255_413270_UFO's_and_Defense_What_Should_we_Prepare_For
Agency: NASA
Page 60
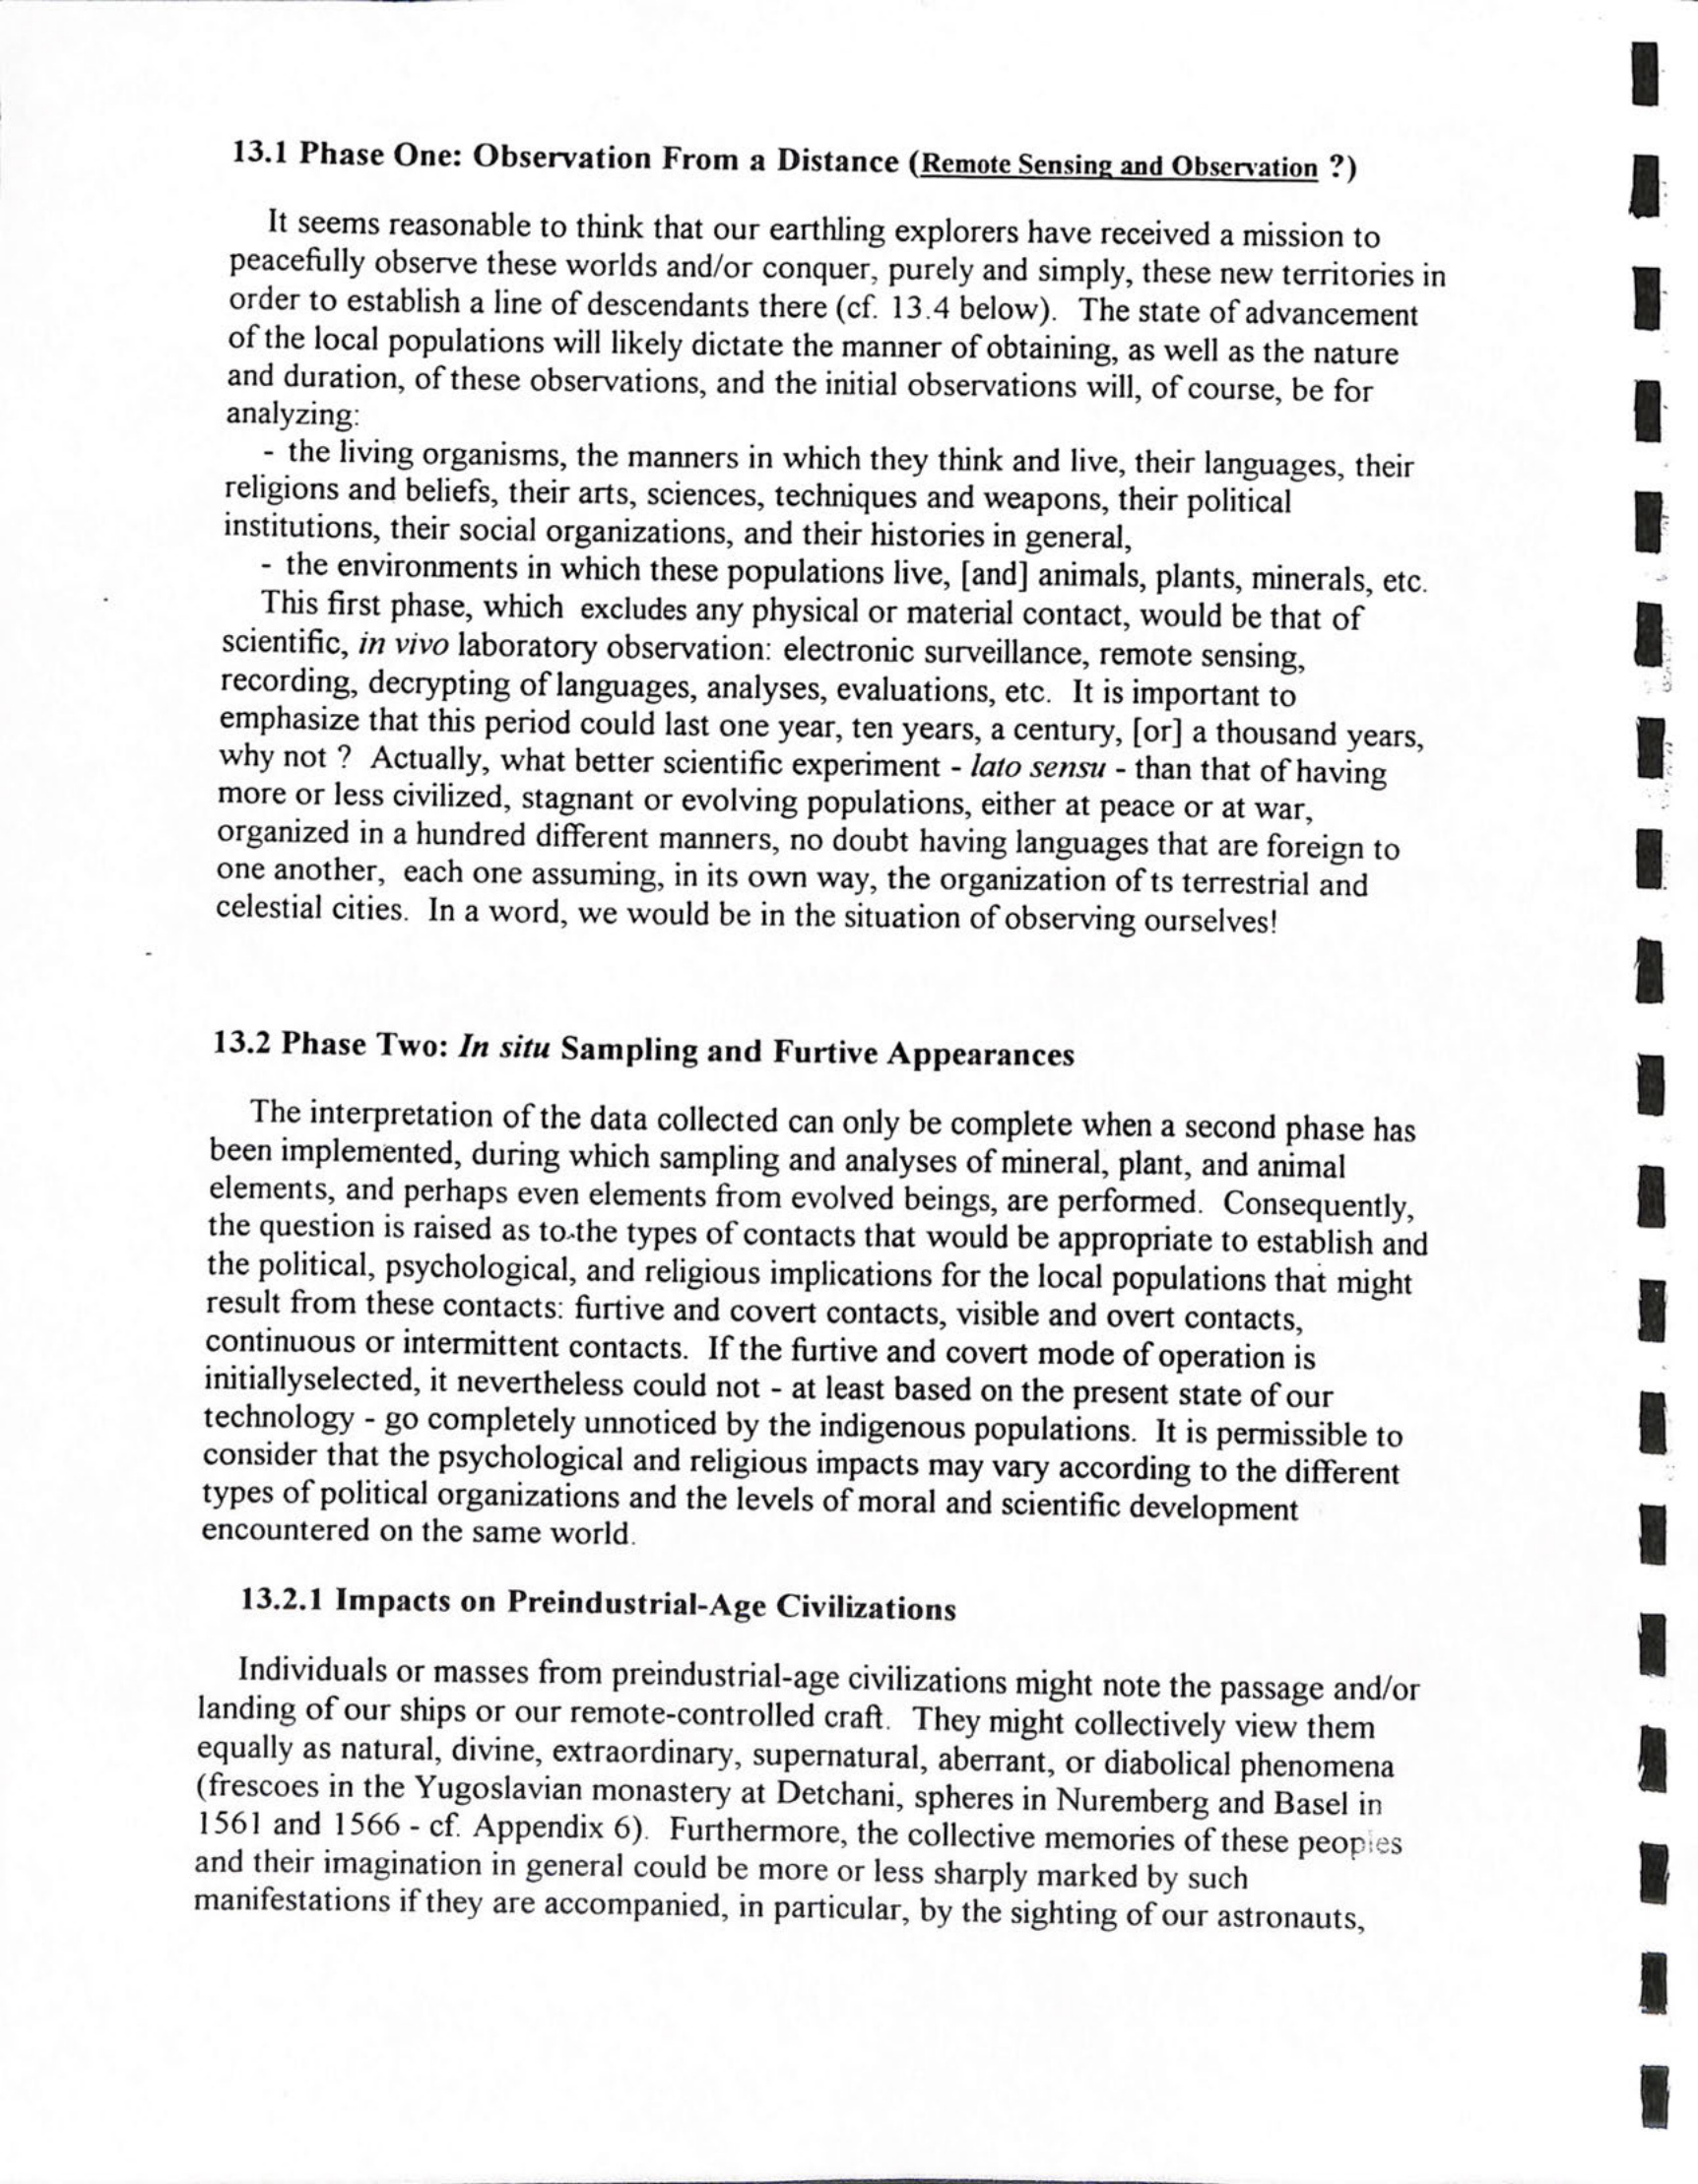